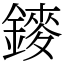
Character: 䥑